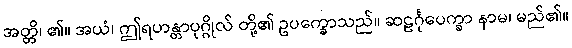
အတ္တိ၊ ၏။ အယံ၊ ဤရဟန္တာပုဂ္ဂိုလ် တို့၏ ဥပက္ခောသည်။ ဆဠင်္ဂုပေက္ခာ နာမ၊ မည်၏။